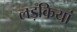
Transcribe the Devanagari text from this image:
लड़कियां